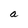
Character: a